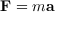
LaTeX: \mathbf { F } = m \mathbf { a }